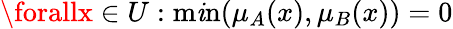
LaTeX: \forallx\in{U}:\operatorname*{m\mathit{i}n}(\mu_{A}(x),\mu_{B}(x))=0